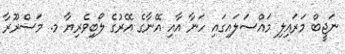
ނަޖީބް މަރައިލި މައްސަލައިގައި ހަނާ އާއި އޭނާގެ އޭރުގެ ލޯބިވެރިޔާ މ. މަސްރޫރާ